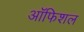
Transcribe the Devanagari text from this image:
ऑफिशल